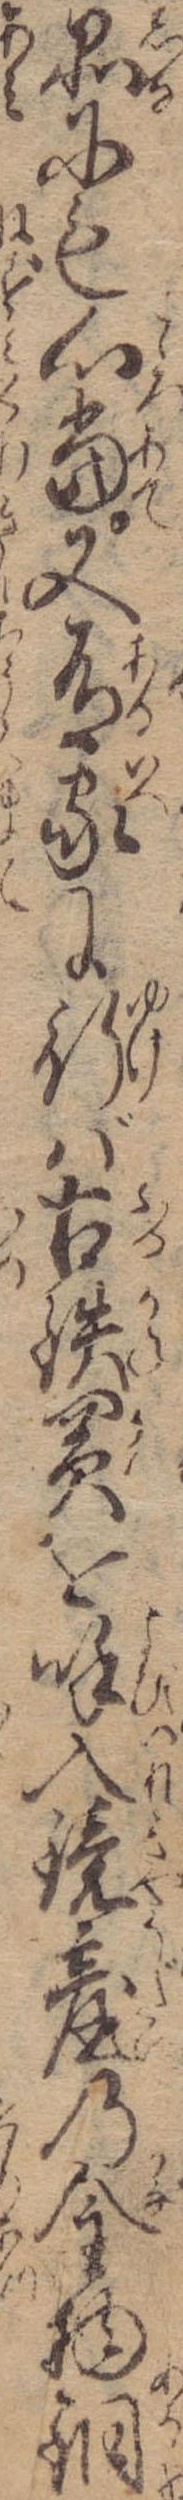
品にも心当又有家に行ば古鉄買を呼入鏡台の金物銅